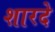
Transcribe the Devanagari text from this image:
शारदे